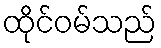
ထိုင်ဝမ်သည်